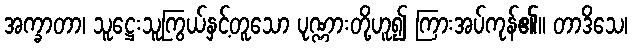
အက္ခာတာ၊ သူဋ္ဌေးသူကြွယ်နှင့်တူသော ပုဏ္ဏားတို့ဟူ၍ ကြားအပ်ကုန်၏။ တာဒိသေ၊